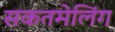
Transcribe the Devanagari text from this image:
सकतमेलिंग